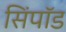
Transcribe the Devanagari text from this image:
सिंपॉड